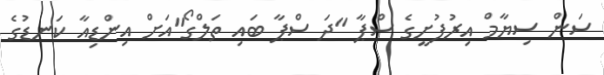
ސަން ސިޔާމް އިރުފުށީގެ ސްޕާ "ދަ ސްޕާ ބައި ތަލްގޯ"އަށް އިންޑިއާ ކަނޑުގެ